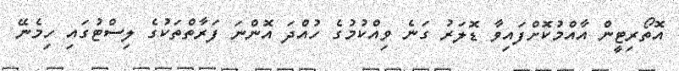
އޮތޯރިޓީން އާއްމުކޮށްފައިވާ ޑޮލަރު ގަނެ ވިއްކުމުގެ ހުއްދަ އޮންނަ ފަރާތްތަކުގެ ލިސްޓުގައި ހިމެނޭ